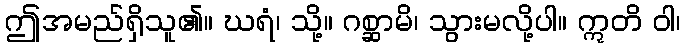
ဤအမည်ရှိသူ၏။ ဃရံ၊ သို့။ ဂစ္ဆာမိ၊ သွားမလို့ပါ။ ဣတိ ဝါ၊